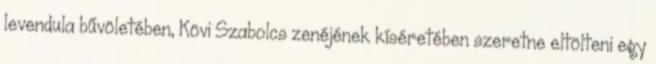
levendula bűvöletében, Kövi Szabolcs zenéjének kíséretében szeretne eltölteni egy